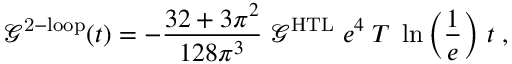
\mathcal { G } ^ { \mathrm { 2 - l o o p } } ( t ) = - \frac { 3 2 + 3 \pi ^ { 2 } } { 1 2 8 \pi ^ { 3 } } \; \mathcal { G } ^ { \mathrm { H T L } } \; e ^ { 4 } \; T \; \ln \left( \frac { 1 } { e } \right) \, t \; ,